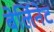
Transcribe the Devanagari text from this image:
बेर्लिनेट